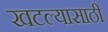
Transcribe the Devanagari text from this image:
खटल्यासाठी